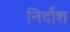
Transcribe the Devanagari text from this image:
निर्दोश